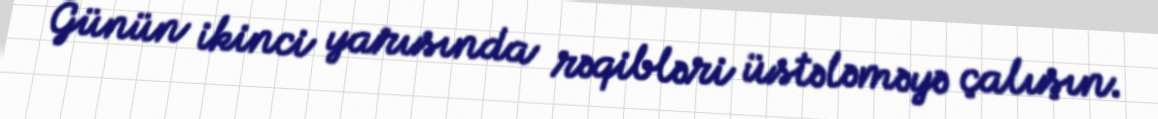
Günün ikinci yarısında rəqibləri üstələməyə çalışın.